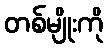
တစ်မျိုးကို